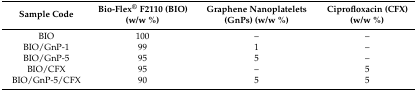
<table><thead><tr><td><b>Sample Code</b></td><td><b>Bio-Flex<sup>®</sup> F2110 (BIO) (w/w %)</b></td><td><b>Graphene Nanoplatelets (GnPs) (w/w %)</b></td><td><b>Ciprofloxacin (CFX) (w/w %)</b></td></tr></thead><tbody><tr><td>BIO</td><td>100</td><td>–</td><td>–</td></tr><tr><td>BIO/GnP-1</td><td>99</td><td>1</td><td>–</td></tr><tr><td>BIO/GnP-5</td><td>95</td><td>5</td><td>–</td></tr><tr><td>BIO/CFX</td><td>95</td><td>–</td><td>5</td></tr><tr><td>BIO/GnP-5/CFX</td><td>90</td><td>5</td><td>5</td></tr></tbody></table>